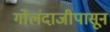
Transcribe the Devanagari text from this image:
गोलंदाजीपासून